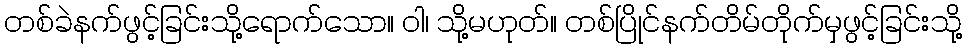
တစ်ခဲနက်ဖွင့်ခြင်းသို့ရောက်သော။ ဝါ၊ သို့မဟုတ်။ တစ်ပြိုင်နက်တိမ်တိုက်မှဖွင့်ခြင်းသို့